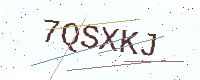
Text: 7QSXKJ